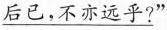
\underline后已，不亦远乎?”